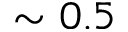
\sim 0 . 5